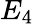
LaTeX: E_{4}